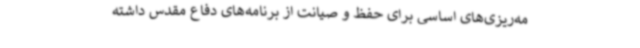
مه‌ریزی‌های اساسی برای حفظ و صیانت از برنامه‌های دفاع مقدس داشته